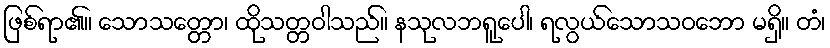
ဖြစ်ရာ၏။ သောသတ္တော၊ ထိုသတ္တဝါသည်။ နသုလဘရူပေါ၊ ရလွယ်သောသဝဘော မရှိ။ တံ၊